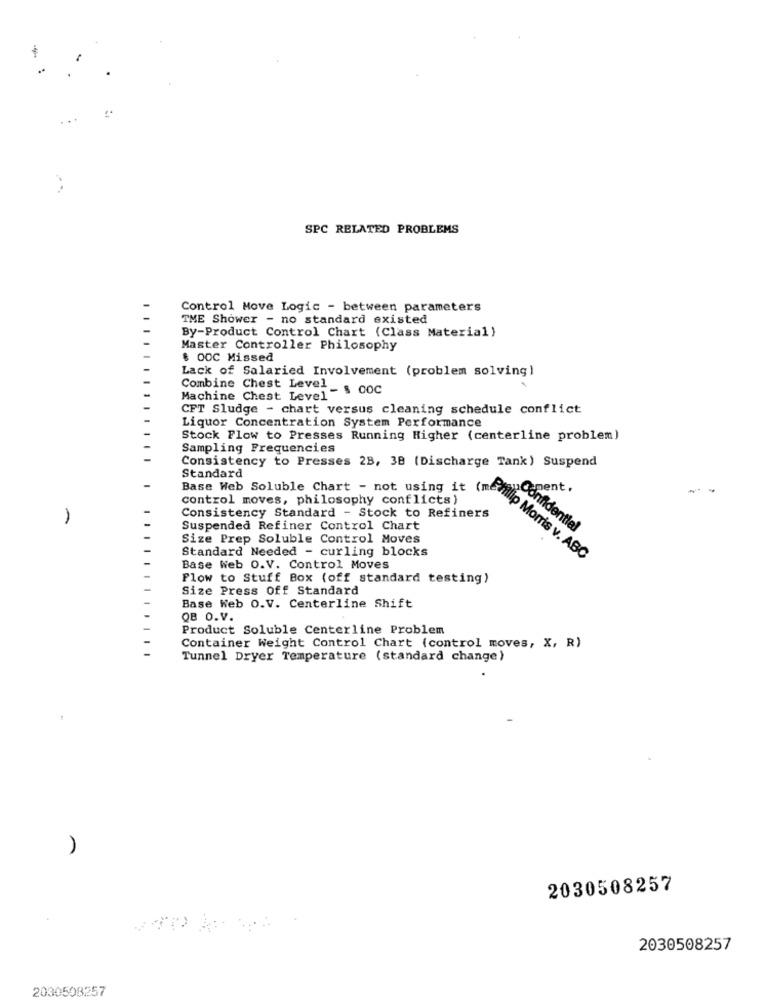
...
SPC RELATED PROBLEMS
Control Move Logic - between parameters
TME Shower - no standard existed
By-Product Control Chart (Class Material)
Master Controller Philosophy
$ ODC Missed
Lack of Salaried Involvement (problem solving)
Machine Chest Level - $ 00C
Combine Chest Level_
CFT Sludge - chart versus cleaning schedule conflict
Liquor Concentration System Performance
Stock Flow to Presses Running Higher (centerline problem)
Sampling Frequencies
Consistency to Presses 28, 3B (Discharge Tank) Suspend
Standard
ment.
--
control moves, philosophy conflicts)
Consistency Standard - Stock to Refiners
Suspended Refiner Control Chart
Confidential
Size Prep Soluble Control Moves
cont Web Soluble chart - not using . Monis
Standard Needed - curling blocks
Base Web O.V. Control Moves
Flow to Stuff Box (off standard testing)
Size Press Off Standard
Base Web O.V. Centerline Shift
QB O.V.
Product Soluble Centerline Problem
Container Weight Control Chart (control moves, X, R)
Tunnel Dryer Temperature (standard change)
)
2030508257
0
2030508257
2030508257